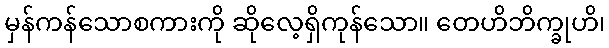
မှန်ကန်သောစကားကို ဆိုလေ့ရှိကုန်သော။ တေဟိဘိက္ခုဟိ၊